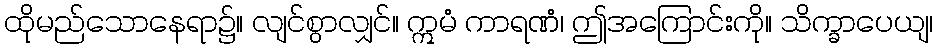
ထိုမည်သောနေရာ၌။ လျင်စွာလျှင်။ ဣမံ ကာရဏံ၊ ဤအကြောင်းကို။ သိက္ခာပေယျ၊